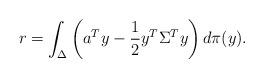
LaTeX: \begin{align*}r = \int_{\Delta} \left( a^T y - \frac{1}{2} y^T \Sigma^T y \right) d\pi(y). \end{align*}